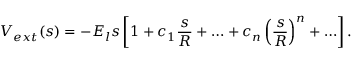
V _ { e x t } ( s ) = - E _ { l } s \left[ 1 + c _ { 1 } \frac { s } { R } + \ldots + c _ { n } \left( \frac { s } { R } \right) ^ { n } + \ldots \right] .